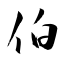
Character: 伯